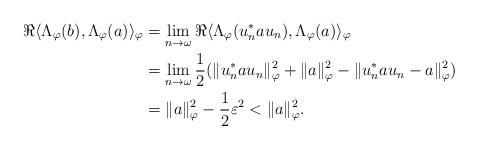
LaTeX: \begin{align*}\Re \langle \Lambda_\varphi(b), \Lambda_\varphi(a) \rangle_\varphi &= \lim_{n \to \omega} \Re \langle \Lambda_\varphi(u_n^* a u_n), \Lambda_\varphi(a)\rangle_\varphi \\&= \lim_{n \to \omega} \frac12(\|u_n^* a u_n\|_\varphi^2 + \|a \|_\varphi^2 - \|u_n^* a u_n - a\|_\varphi^2) \\&= \|a\|_\varphi^2 - \frac12 \varepsilon^2 < \|a\|_\varphi^2.\end{align*}